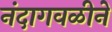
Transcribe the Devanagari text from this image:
नंदागवळीने